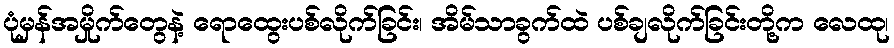
ပုံမှန်အမှိုက်တွေနဲ့ ရောထွေးပစ်လိုက်ခြင်း၊ အိမ်သာခွက်ထဲ ပစ်ချလိုက်ခြင်းတို့က လေထု၊